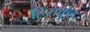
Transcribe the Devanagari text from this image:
हिराकुड